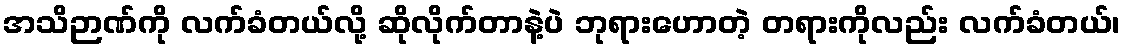
အသိဉာဏ်ကို လက်ခံတယ်လို့ ဆိုလိုက်တာနဲ့ပဲ ဘုရားဟောတဲ့ တရားကိုလည်း လက်ခံတယ်၊